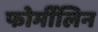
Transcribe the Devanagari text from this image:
फोर्मीलिन